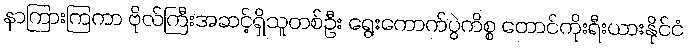
နာကြားကြကာ ဗိုလ်ကြီးအဆင့်ရှိသူတစ်ဦး ရွေးကောက်ပွဲကိစ္စ တောင်ကိုးရီးယားနိုင်ငံ